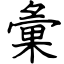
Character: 彙